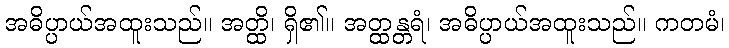
အဓိပ္ပာယ်အထူးသည်။ အတ္ထိ၊ ရှိ၏။ အတ္ထန္တရံ၊ အဓိပ္ပာယ်အထူးသည်။ ကတမံ၊